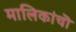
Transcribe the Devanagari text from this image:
मालिकांचॊ